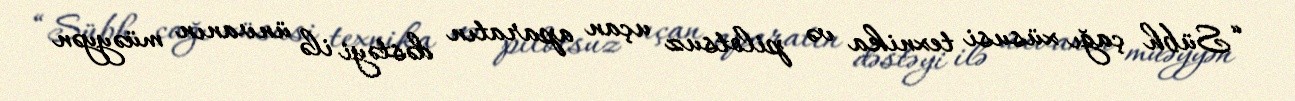
“Sübh çağı xüsusi texnika və pilotsuz uçan aparatın dəstəyi ilə ünvanın müəyyən